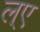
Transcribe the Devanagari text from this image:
ल्ए